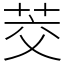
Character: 茭